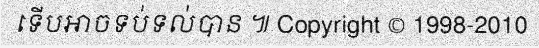
ទើបអាចទប់ទល់បាន ៕ Copyright © 1998-2010